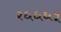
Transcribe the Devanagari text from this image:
२६६६५